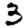
Digit: 3